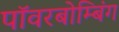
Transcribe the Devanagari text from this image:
पॉवरबोम्बिंग